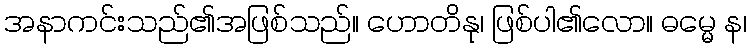
အနာကင်းသည်၏အဖြစ်သည်။ ဟောတိနု၊ ဖြစ်ပါ၏လော။ ဓမ္မေ န၊